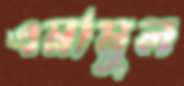
এমামুল